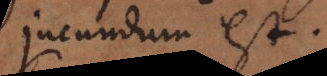
jucundum est.